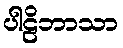
ပါဠိဘာသာ